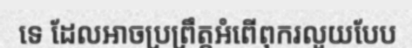
ទេ ដែលអាចប្រព្រឹត្តអំពើពុករលួយបែប